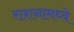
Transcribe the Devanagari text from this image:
राशनामध्ये